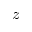
z